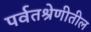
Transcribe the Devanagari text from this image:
पर्वतश्रेणीतील